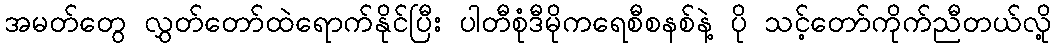
အမတ်တွေ လွှတ်တော်ထဲရောက်နိုင်ပြီး ပါတီစုံဒီမိုကရေစီစနစ်နဲ့ ပို သင့်တော်ကိုက်ညီတယ်လို့